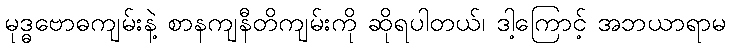
မုဒ္ဓဗောဓကျမ်းနဲ့ စာနကျနီတိကျမ်းကို ဆိုရပါတယ်၊ ဒါ့ကြောင့် အဘယာရာမ